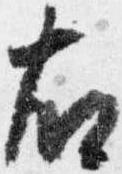
右